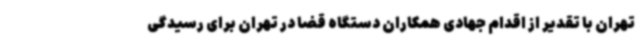
تهران با تقدیر از اقدام جهادی همکاران دستگاه قضا در تهران برای رسیدگی